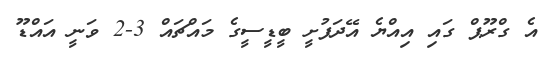
އެ ގްރޫޕް ގައި އިއްޔެ އޭދަފުށީ ބީޑީސީގެ މައްޗައް 3-2 ވަނީ އައްޑޫ